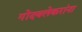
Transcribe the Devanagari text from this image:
गोंदवलेकरांना